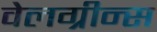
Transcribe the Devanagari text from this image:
वेलग्रीन्स